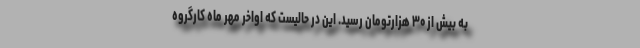
به بیش از ۳۰ هزارتومان رسید. این در حالیست که اواخر مهر ماه کارگروه